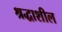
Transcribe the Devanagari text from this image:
श्रद्धाशील